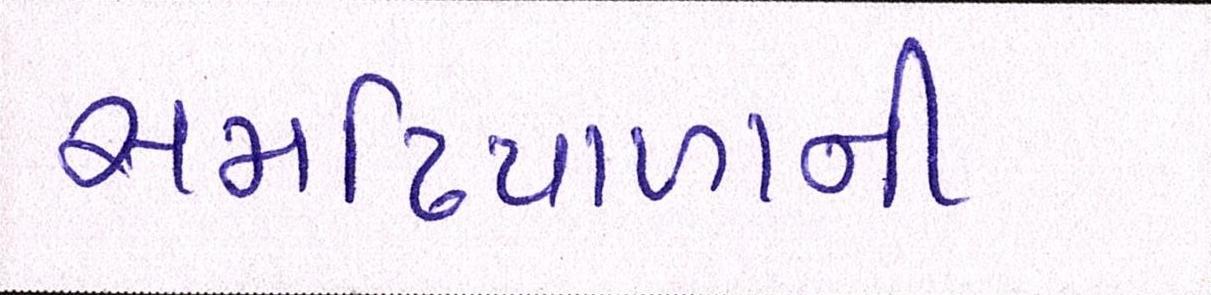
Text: સમઢિયાળાની